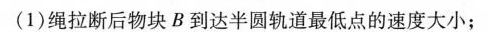
（1）绳拉断后物块 B 到达半圆轨道最低点的速度大小；